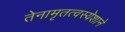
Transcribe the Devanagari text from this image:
तेनामृतत्वस्येशाने